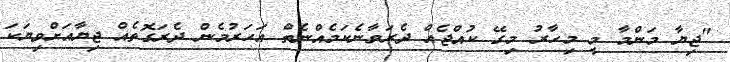
"ޖިޔާ މަންމާ މީ މިހާރު މިގޭ ކުއްޖެއް ދެރަވާނެކަމެއްނެތް އަހަރުމެން ދެރަގޮތެއް ޖިޔާއަށްވިޔަކަ